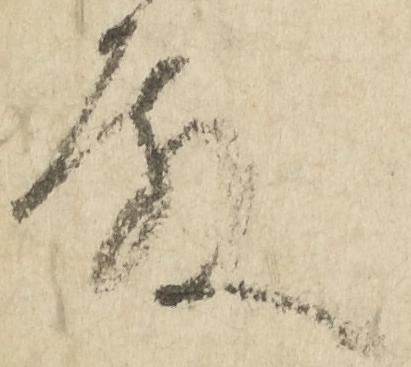
殿